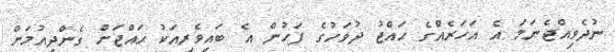
ނުދެވިއްޖެނަމަ އެ އަހަރެއްގެ ޙައްޖު ދުވަހުގެ ފަހުން އެ ބައިވެރިއަކު ޙައްޖަށް ގެންދިއުމަށް